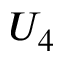
U _ { 4 }